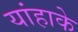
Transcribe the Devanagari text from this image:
यांहाके